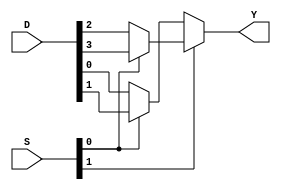
/* n selectores para 2^n entradas de datos
   Por ejemplo:
   
   Si mi mux tiene n=2 selectores entonces voy a tener 2^n = 2^2 = 4
   seales de datos.
   
   Y SIEMPRE slo 1 salida
   
*/

module mux4to1(input wire [1:0] S, input wire [3:0] D, output wire Y);
    
    assign Y = S[1] ? (S[0] ? D[3]:D[2]) : (S[0] ? D[1]:D[0]);
    /*
        if (S[1] == 1):
            if (S[0] == 1):
                Y = D[3]
            elif (S[0] == 0):
                Y = D[2]
        elif (S[1] == 0):
            if ((S[0] == 1):
                Y = D[1]
            elif (S[0] == 0):
                Y = D[0]
    */
    
endmodule